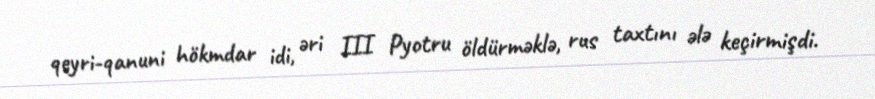
qeyri-qanuni hökmdar idi, əri III Pyotru öldürməklə, rus taxtını ələ keçirmişdi.